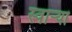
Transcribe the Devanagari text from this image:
स्वार्‍यां